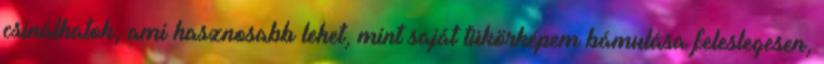
csinálhatok, ami hasznosabb lehet, mint saját tükörképem bámulása feleslegesen,